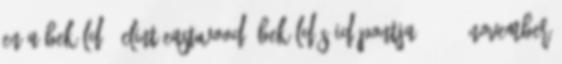
en a Beküldő: Clint Eastwood. Beküldés időpontja: 2015, november